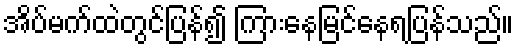
အိပ်မက်ထဲတွင်ပြန်၍ ကြားနေမြင်နေရပြန်သည်။